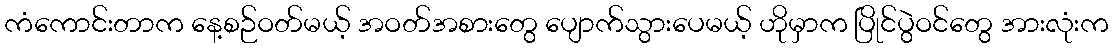
ကံကောင်းတာက နေ့စဉ်ဝတ်မယ့် အဝတ်အစားတွေ ပျောက်သွားပေမယ့် ဟိုမှာက ပြိုင်ပွဲဝင်တွေ အားလုံးက